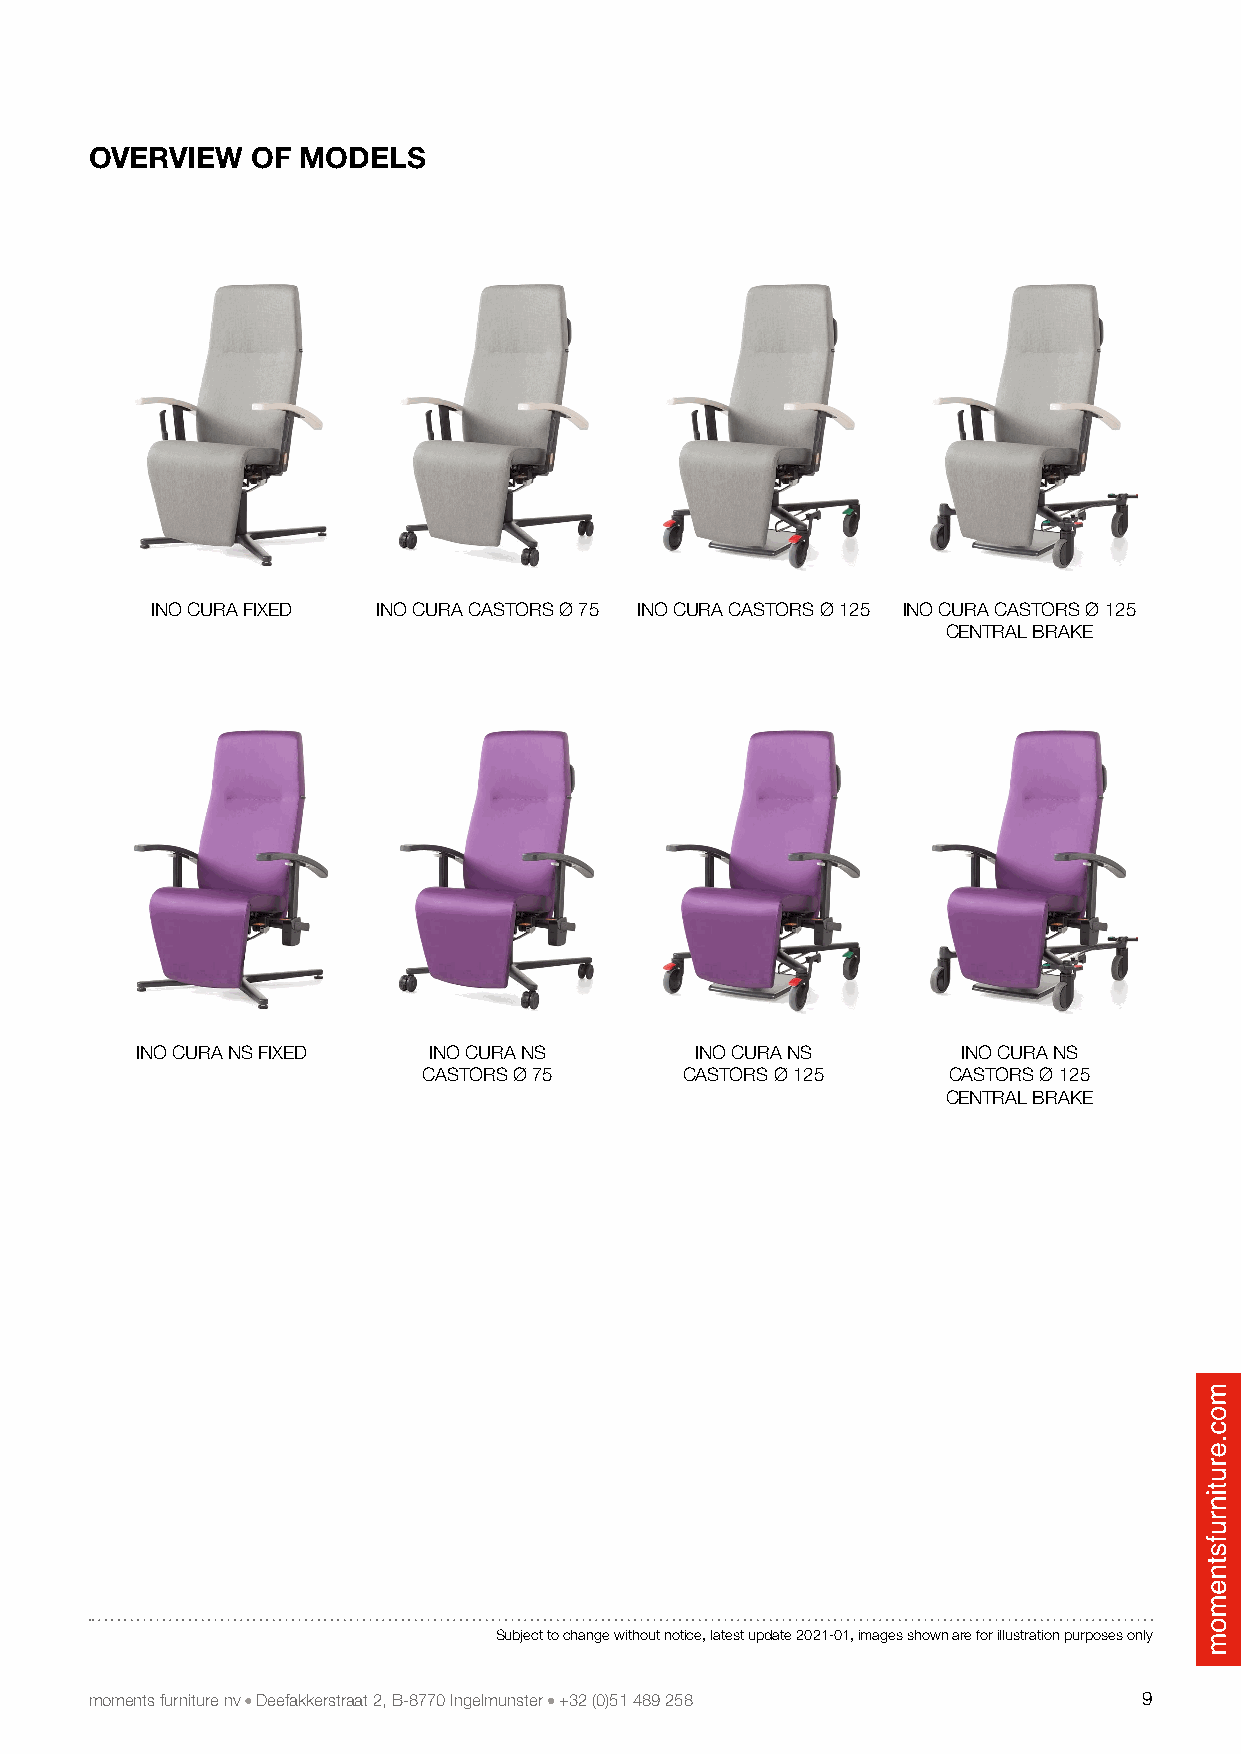
OVERVIEW   OF MODELS
 INO CURA FIXED INO CURA CASTORS Ø 75 INO CURA CASTORS Ø 125 INO CURA CASTORS Ø 125
 CENTRAL BRAKE
 INO CURA NS FIXED  INO CURA NS       INO CURA NS       INO CURA NS
 CASTORS Ø 75     CASTORS Ø 125     CASTORS Ø 125
 CENTRAL BRAKE
 Subject to change without notice, latest update 2021-01, images shown are for illustration purposes only
 moments furniture nv Deefakkerstraat 2, B-8770 Ingelmunster +32 (0)51 489 258 9